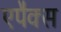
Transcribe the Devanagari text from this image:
एपैक्स